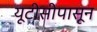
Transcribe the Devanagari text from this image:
यूटीसीपासून